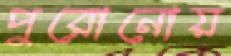
পুরোনোয়